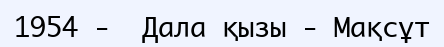
1954 -  Дала қызы - Мақсұт